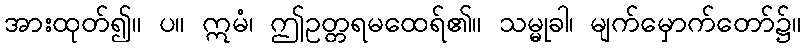
အားထုတ်၍။ ပ။ ဣမံ၊ ဤဥတ္တရမထေရ်၏။ သမ္မုခါ၊ မျက်မှောက်တော်၌။